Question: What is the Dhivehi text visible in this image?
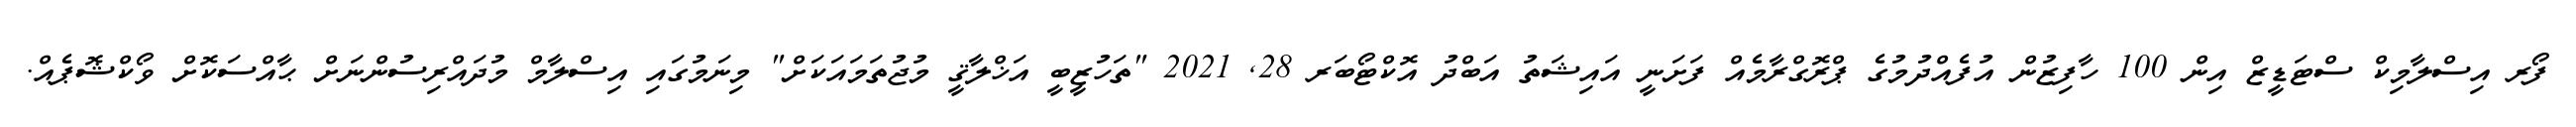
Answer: ފޯރ އިސްލާމިކް ސްޓަޑީޒް އިން 100 ހާފިޒުން އުފެއްދުމުގެ ޕްރޮގްރާމެއް ފަށަނީ އައިޝަތު އަބްދު އޮކްޓޯބަރ 28, 2021 "ތަހުޒީބީ އަޚްލާޤީ މުޖުތަމައަކަށް" މިނަމުގައި އިސްލާމް މުދައްރިސުންނަށް ޙާއްސަކޮށް ވޯކްޝޮޕެއް.